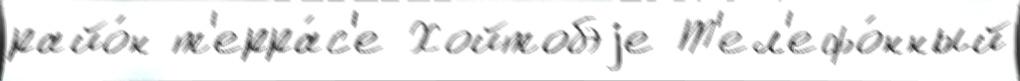
райо́н т'ерра́с'е Хойтобэjе Т'ел'ефо́нный